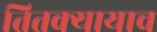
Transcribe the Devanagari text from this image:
तितक्यायाच